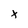
Character: x